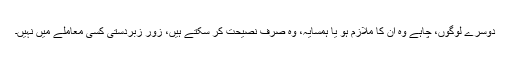
دوسرے لوگوں، چاہے وہ اُن کا ملازم ہو یا ہمسایہ، وہ صرف نصیحت کر سکتے ہیں، زور زبردستی کسی معاملے میں نہیں۔